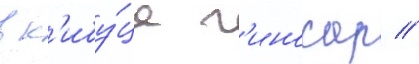
в к'ибу́це г'иносар //